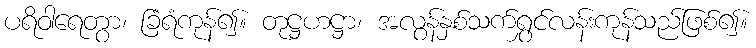
ပရိဝါရေတွာ၊ ခြံရံကုန်၍။ တုဋ္ဌဟဋ္ဌာ၊ အလွန်နှစ်သက်ရွှင်လန်းကုန်သည်ဖြစ်၍။